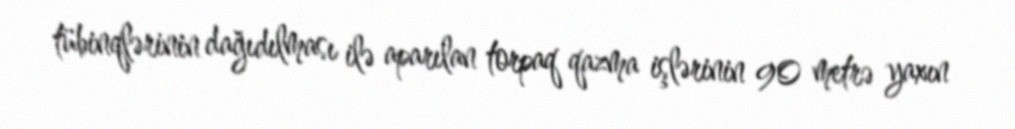
tübinqlərinin dağıdılması ilə aparılan torpaq qazma işlərinin 90 metrə yaxın